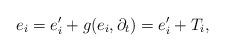
LaTeX: \begin{align*}e_i = e_i^\prime + g( e_i, \partial_t)= e_i^\prime + T_i,\end{align*}